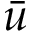
\bar { u }